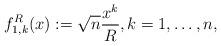
LaTeX: \begin{align*}f_{1,k}^R(x):=\sqrt{n}\frac{x^k}{R},k=1,\dots,n,\end{align*}